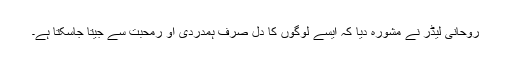
روحانی لیڈر نے مشورہ دیا کہ ایسے لوگوں کا دل صرف ہمدردی او رمحبت سے جیتا جاسکتا ہے۔